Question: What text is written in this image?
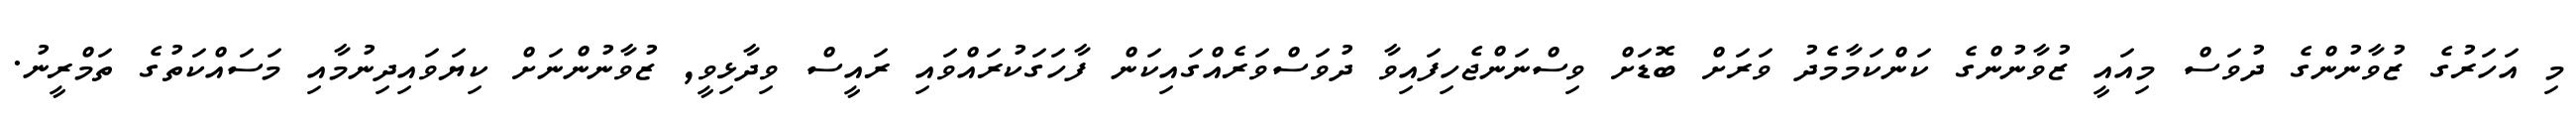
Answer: މި އަހަރުގެ ޒުވާނުންގެ ދުވަސް މިއައީ ޒުވާނުންގެ ކަންކަމާމެދު ވަރަށް ބޮޑަށް ވިސްނަންޖެހިފައިވާ ދުވަސްވަރެއްގައިކަން ފާހަގަކުރައްވައި ރައީސް ވިދާޅިވީ, ޒުވާނުންނަށް ކިޔަވައިދިނުމާއި މަސައްކަތުގެ ތަމްރީނު.